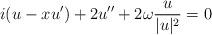
LaTeX: \begin{align*}i(u-xu')+2u''+2\omega\frac{ u}{|u|^2}=0\end{align*}